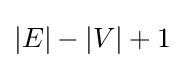
|E|-|V|+1